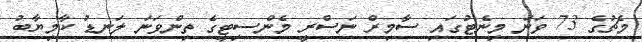
މެޗުގެ 73 ވަނަ މިނެޓުގައި ސާމިރް ނަސްރީ މެންސިޓީގެ ތިންވަނަ ލަނޑު ކާމިޔާބު